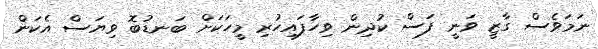
ނަމަވެސް ގާޒީ ވަނީ ފަސް ކުދިން ވިހާފައިހުރި މީހަކަށް ބަނޑުބޮ ވިޔަސް އެކަން